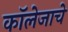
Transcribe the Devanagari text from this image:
कॉलेजाचे